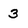
Character: 3